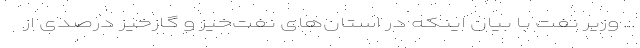
... وزیر نفت با بیان اینکه در استان‌های نفت‌خیز و گازخیز درصدی از